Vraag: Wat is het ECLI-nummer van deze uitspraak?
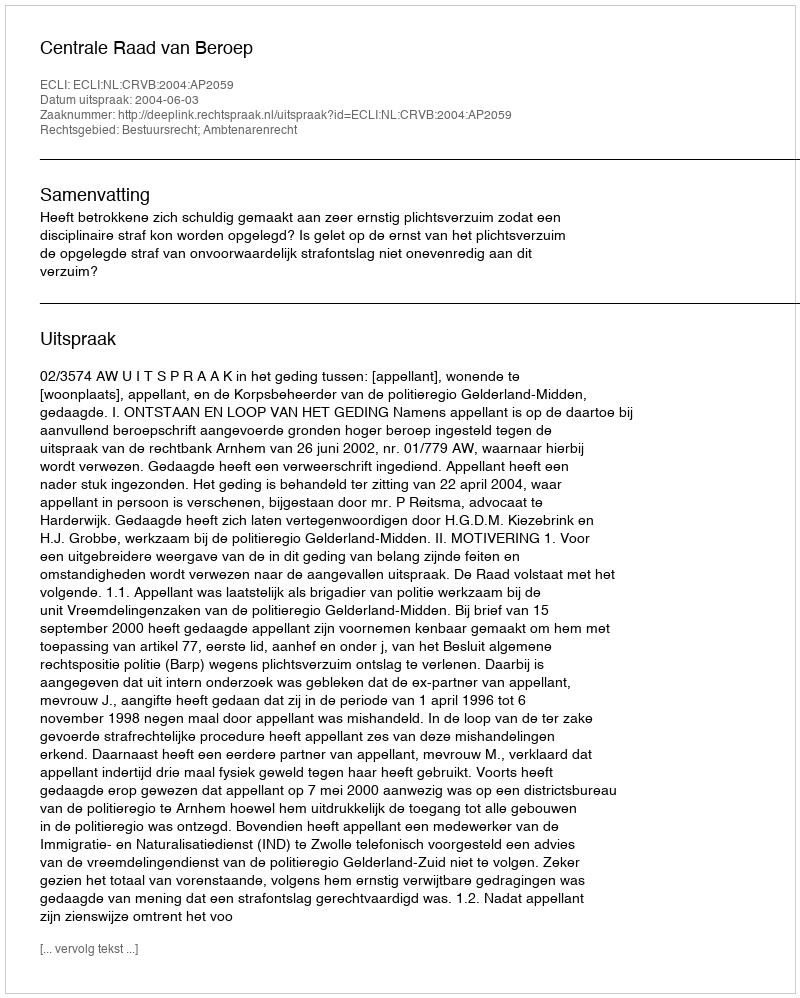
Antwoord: ECLI:NL:CRVB:2004:AP2059